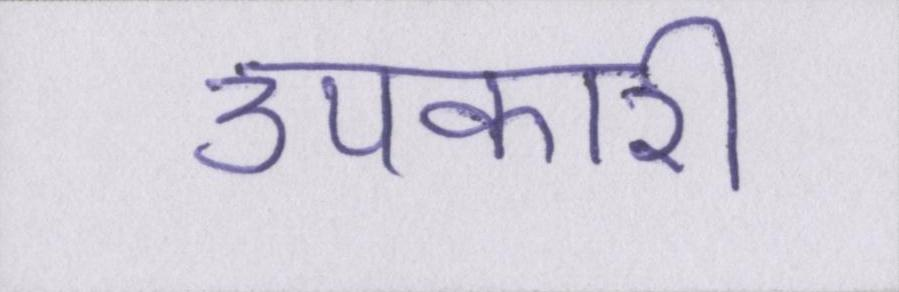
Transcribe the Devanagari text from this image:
उपकारी